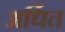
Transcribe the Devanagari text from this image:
अर्धित